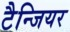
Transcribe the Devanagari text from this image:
टैन्जियर